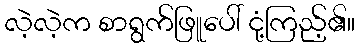
လဲ့လဲ့က စာရွက်ဖြူပေါ် ငုံ့ကြည့်၏။